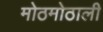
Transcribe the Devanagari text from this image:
मोठमोठाली